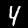
Label: 4